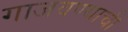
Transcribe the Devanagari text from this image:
गाजवण्याची